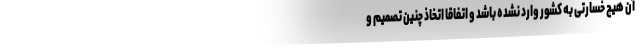
آن هیچ خسارتی به کشور وارد نشده باشد و اتفاقا اتخاذ چنین تصمیم و